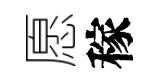
愿稼